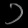
Digit: ၁